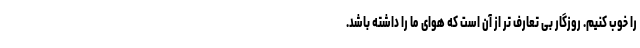
را خوب کنیم. روزگار بی تعارف تر از آن است که هوای ما را داشته باشد.